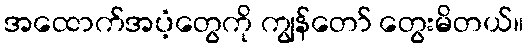
အထောက်အပံ့တွေကို ကျွန်တော် တွေးမိတယ်။